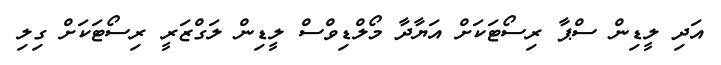
އަދި ލީޑިން ސްޕާ ރިސޯޓަކަށް އަޔާދާ މޯލްޑިވްސް ލީޑިން ލަގްޒަރީ ރިސޯޓަކަށް ގިލި